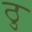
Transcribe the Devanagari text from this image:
ठु